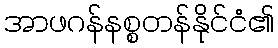
အာဖဂန်နစ္စတန်နိုင်ငံ၏